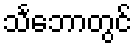
သင်္ဘောတွင်